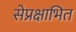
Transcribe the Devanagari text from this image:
सेप्रक्षाभित